Education (Scotland) (War Service Superannuation) Act, 1939, 1939
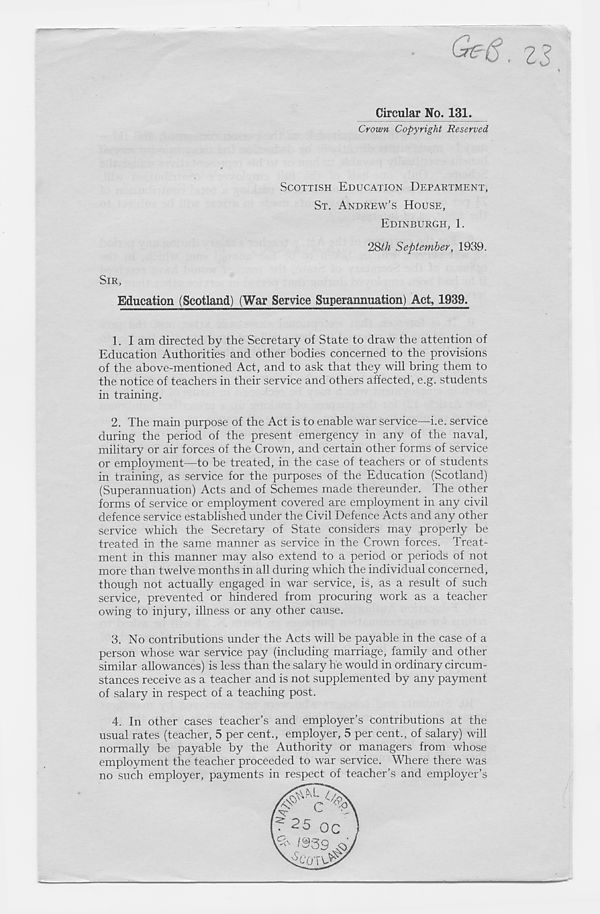
G?6. 23
s
Circular No. 131.
Crown Copyright Reserved
SCOTTISH EDUCATION DEPARTMENT,
ST. ANDREW’S HOUSE,
EDINBURGH, 1.
'l&th September, 1939.
SIR,
Education (Scotland) (War Service Superannuation) Act, 1939.
1. I am directed by the Secretary of State to draw the attention of
Education Authorities and other bodies concerned to the provisions
of the above-mentioned Act, and to ask that they will bring them to
the notice of teachers in their service and others affected, e.g. students
in training.
2. The main purpose of the Act is to enable war service—i.e. service
during the period of the present emergency in any of the naval,
military or air forces of the Crown, and certain other forms of service
or employment—to be treated, in the case of teachers or of students
in training, as service for the purposes of the Education (Scotland)
(Superannuation) Acts and of Schemes made thereunder. The other
forms of service or employment covered are employment in any civil
defence service established under the Civil Defence Acts and any other
service which the Secretary of State considers may properly be
treated in the same manner as service in the Crown forces. Treat-
ment in this manner may also extend to a period or periods of not
more than twelve months in all during which the individual concerned,
though not actually engaged in war service, is, as a result of such
service, prevented or hindered from procuring work as a teacher
owing to injury, illness or any other cause.
3. No contributions under the Acts will be payable in the case of a
person whose war service pay (including marriage, family and other
similar allowances) is less than the salary he would in ordinary circum-
stances receive as a teacher and is not supplemented by any payment
of salary in respect of a teaching post.
4. In other cases teacher’s and employer’s contributions at the
usual rates (teacher, 5 per cent., employer, 5 per cent., of salary) will
normally be payable by the Authority or managers from whose
employment the teacher proceeded to war service. Where there was
no such employer, payments in respect of teacher’s and employer’s